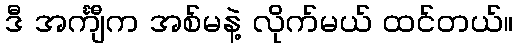
ဒီ အင်္ကျီက အစ်မနဲ့ လိုက်မယ် ထင်တယ်။